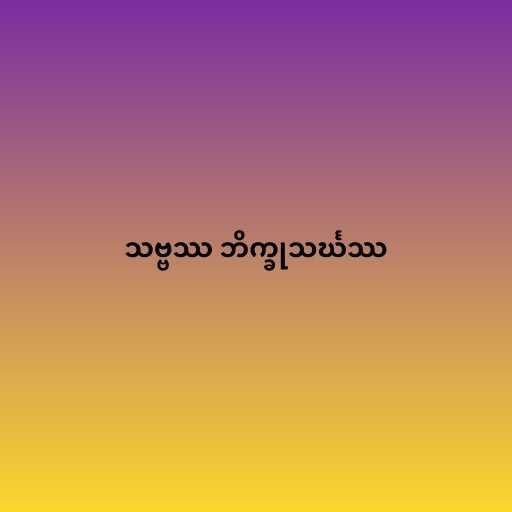
သဗ္ဗဿ ဘိက္ခုသင်္ဃဿ